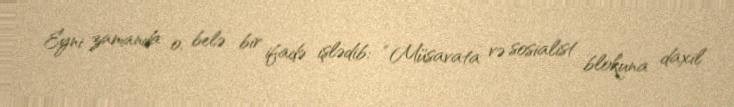
Eyni zamanda o, belə bir ifadə işlədib: “Müsavata və sosialist blokuna daxil